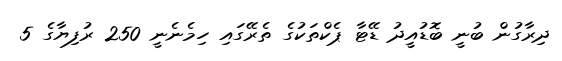
ދިރާގުން ބުނީ ބޮޑުއީދު ޑޭޓާ ޕެކްތަކުގެ ތެރޭގައި ހިމެނެނީ 250 ރުފިޔާގެ 5